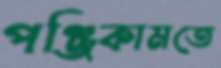
পঞ্জিকামতে